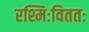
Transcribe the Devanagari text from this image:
रश्मिःविततः